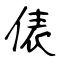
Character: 俵